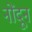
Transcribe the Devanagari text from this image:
नोंदून